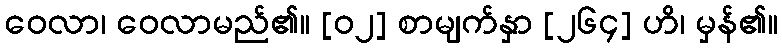
ဝေလာ၊ ဝေလာမည်၏။ [၀၂] စာမျက်နှာ [၂၆၄] ဟိ၊ မှန်၏။